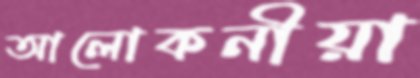
আলোকনীয়া